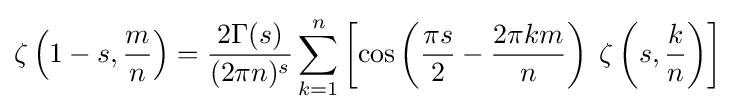
\zeta \left(1-s,{\frac {m}{n}}\right)={\frac {2\Gamma (s)}{(2\pi n)^{s}}}\sum _{k=1}^{n}\left[\cos \left({\frac {\pi s}{2}}-{\frac {2\pi km}{n}}\right)\;\zeta \left(s,{\frac {k}{n}}\right)\right]